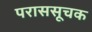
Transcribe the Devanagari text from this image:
पराससूचक